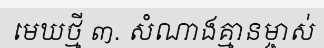
មេឃថ្មី ៣. សំណាងគ្មានម្ចាស់